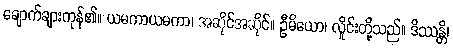
ချောက်ချားကုန်၏။ ယမကာယမကာ၊ အဆိုင်အဆိုင်။ ဦမိယော၊ လှိုင်းတို့သည်။ ဒိဿန္တိ၊